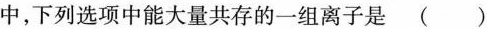
中，下列选项中能大量共存的一组离子是（）